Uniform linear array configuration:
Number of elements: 48
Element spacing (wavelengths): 0.5
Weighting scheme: binomial
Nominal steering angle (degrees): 60
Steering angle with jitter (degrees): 60.44
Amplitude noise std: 0.05
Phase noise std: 0.05

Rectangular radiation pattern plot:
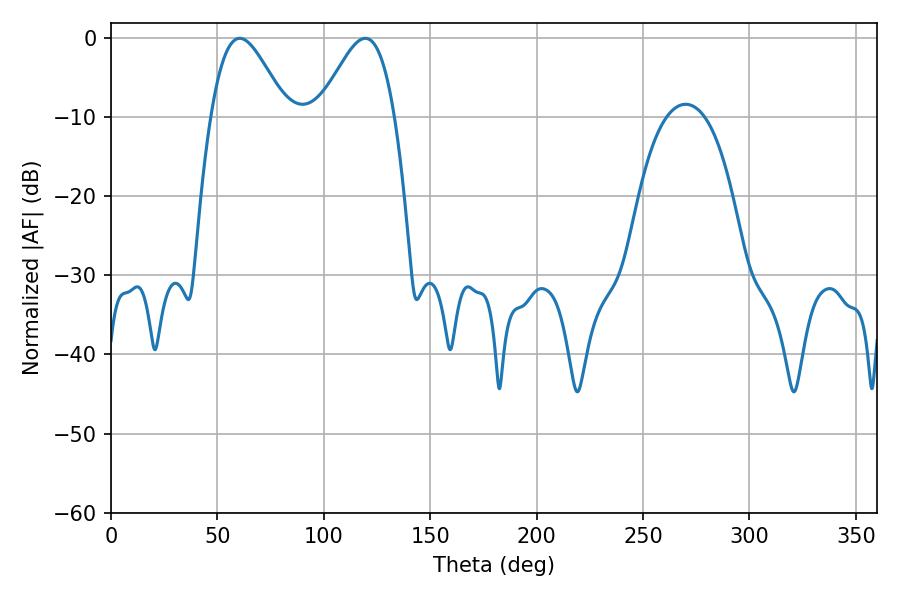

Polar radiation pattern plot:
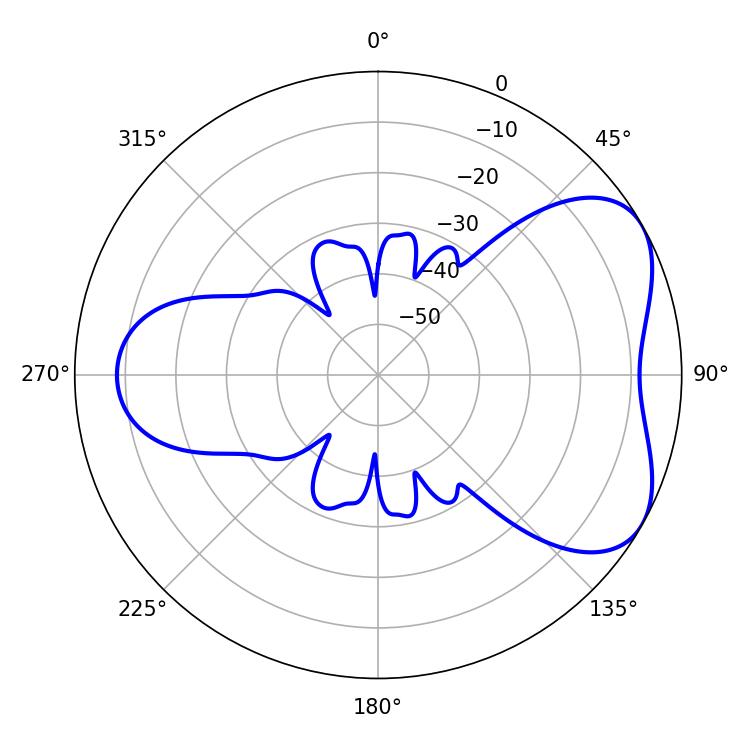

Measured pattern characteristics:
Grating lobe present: FALSE
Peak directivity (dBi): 5.18
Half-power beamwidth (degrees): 18.72
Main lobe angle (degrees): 60.48